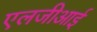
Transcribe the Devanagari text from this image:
एलजीआई